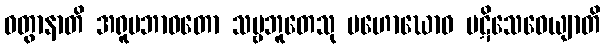
ဝတွာနာတိ အရူပဘာဝတော သဗ္ဗဘူတေသု မဟောဃောဝ ပဋိသေဝေယျာတိ